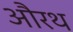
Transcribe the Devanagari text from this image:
औरथ